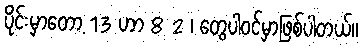
ပိုင်းမှာတော့ 13 ဟာ 8 2 ၊ တွေပါဝင်မှာဖြစ်ပါတယ်။